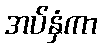
အပ်နှံကာ